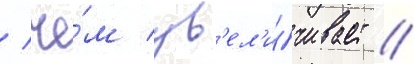
/ че́м ув'ел'и́чивает /